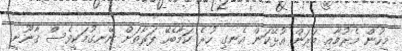
މީހުން މެރުމާއި މަރަން އުޅޭކަން އެނގި ހުރެ ކަމާބެހޭ ފަރާތަށް ނޭނގުމަކީވެސް ޤާނޫނީ